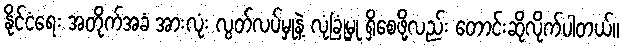
နိုင်ငံရေး အတိုက်အခံ အားလုံး လွတ်လပ်မှုနဲ့ လုံခြုံမှု ရှိစေဖို့လည်း တောင်းဆိုလိုက်ပါတယ်။